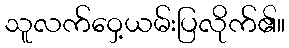
သူလက်ဝှေ့ယမ်းပြလိုက်၏။